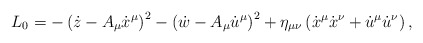
\begin{align*} L_{0} = - \left(\dot z - A_\mu \dot x^\mu\right)^2 - \left(\dot w - A_\mu \dot u^\mu\right)^2 + \eta_{\mu\nu} \left(\dot x^\mu \dot x^\nu +\dot u^\mu \dot u^\nu \right),\end{align*}